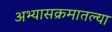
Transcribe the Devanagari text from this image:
अभ्यासक्रमातल्या